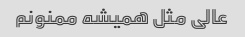
عالی مثل همیشه ممنونم